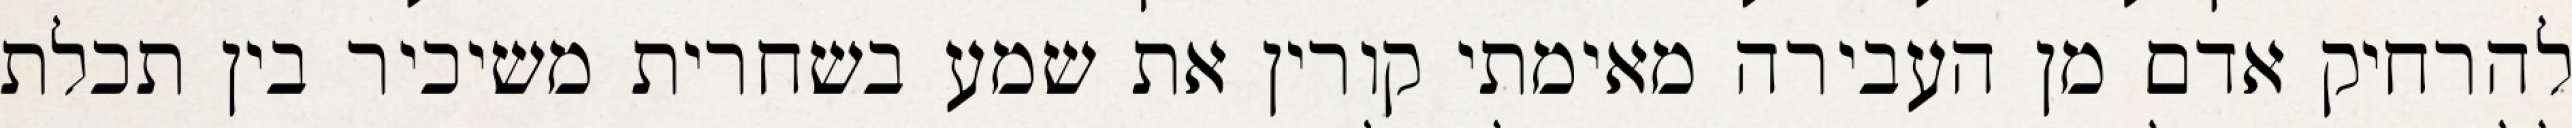
להרחיק אדם מן העבירה מאימתי קורין את שמע בשחרית משיכיר בין תכלת